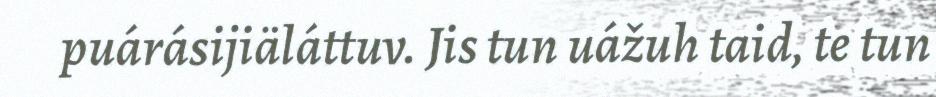
puárásijiäláttuv. Jis tun uážuh taid, te tun